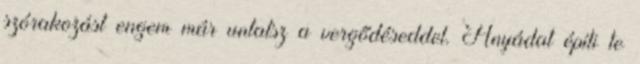
szórakozást engem már untatsz a vergődéseddel. Anyádat építi te